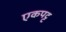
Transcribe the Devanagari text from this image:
एकपट्ट